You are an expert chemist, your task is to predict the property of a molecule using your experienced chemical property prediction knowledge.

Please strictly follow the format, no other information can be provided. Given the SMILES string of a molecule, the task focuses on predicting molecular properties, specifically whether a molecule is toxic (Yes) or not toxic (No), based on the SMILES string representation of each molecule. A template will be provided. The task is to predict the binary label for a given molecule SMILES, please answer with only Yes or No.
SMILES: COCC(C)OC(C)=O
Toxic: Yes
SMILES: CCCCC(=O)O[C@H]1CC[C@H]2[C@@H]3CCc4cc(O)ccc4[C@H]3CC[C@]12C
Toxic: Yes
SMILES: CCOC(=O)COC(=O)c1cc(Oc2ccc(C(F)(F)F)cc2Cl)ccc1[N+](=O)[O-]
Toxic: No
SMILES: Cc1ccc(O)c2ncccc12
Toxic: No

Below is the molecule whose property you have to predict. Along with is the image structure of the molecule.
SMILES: C#CCN(C)[C@H](C)Cc1ccccc1
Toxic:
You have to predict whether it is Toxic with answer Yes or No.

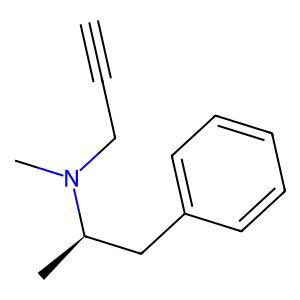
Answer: No